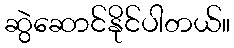
ဆွဲဆောင်နိုင်ပါတယ်။